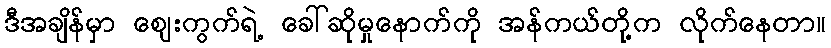
ဒီအချိန်မှာ ဈေးကွက်ရဲ့ ခေါ်ဆိုမှုနောက်ကို အန်ကယ်တို့က လိုက်နေတာ။